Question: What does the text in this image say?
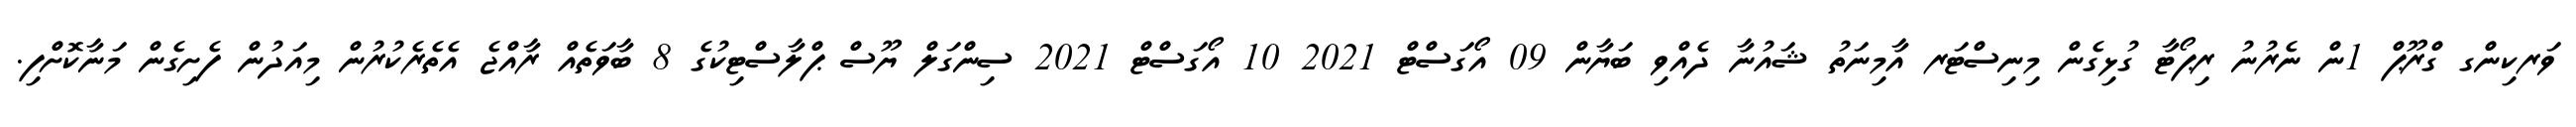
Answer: ވަރކިންގ ގްރޫޕް 1ން ނެރުނު ރިޕޯޓާ ގުޅިގެން މިނިސްޓަރ އާމިނަތު ޝައުނާ ދެއްވި ބަޔާން 09 އޯގަސްޓް 2021 10 އޯގަސްޓް 2021 ސިންގަލް ޔޫސް ޕްލާސްޓިކުގެ 8 ބާވަތެއް ރާއްޖެ އެތެރެކުރުން މިއަދުން ފެށިގެން މަނާކޮށްފި.